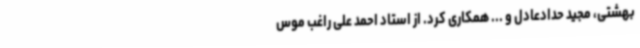
بهشتی، مجید حدادعادل و ... همکاری کرد. از استاد احمد علی راغب موس